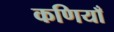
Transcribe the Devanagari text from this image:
कणियाँ